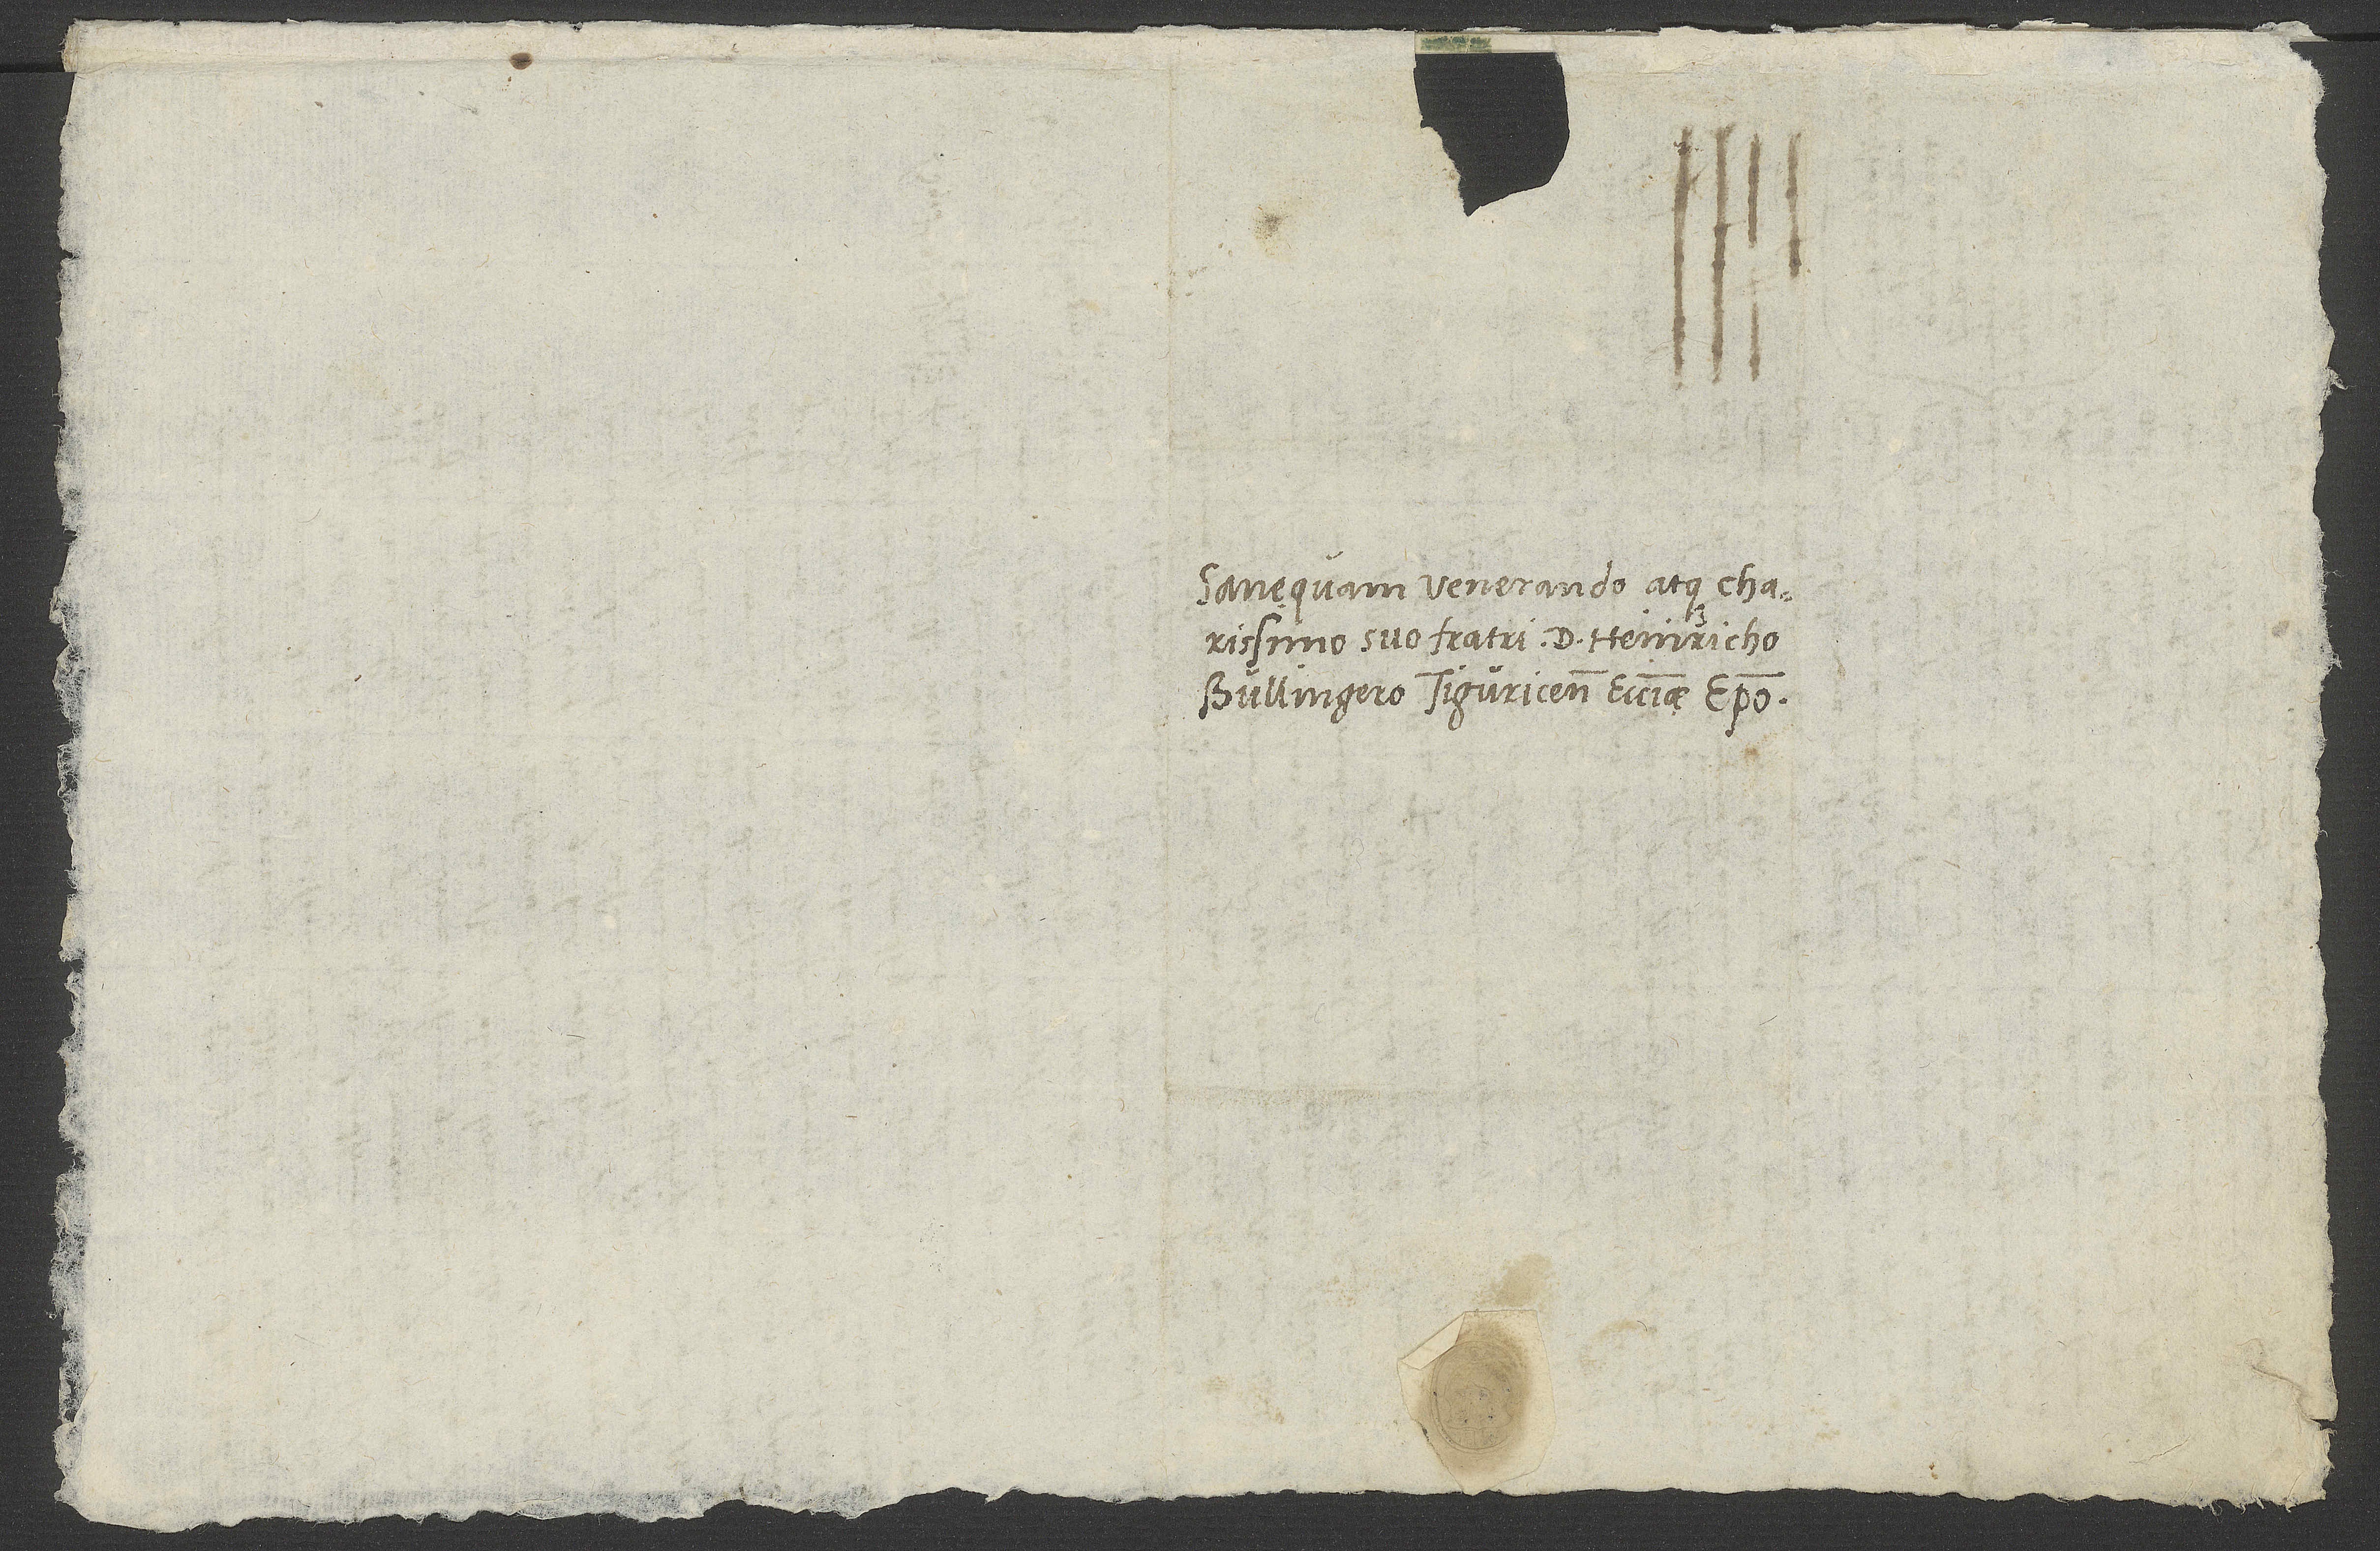
Sanequam venerando atque charissimo
suo fratri d. Heinricho
Bullingero, Tiguricensis ecclesiae episcopo.